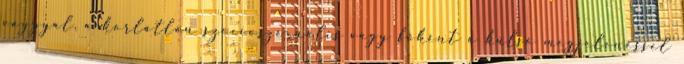
vággyal, a korlátlan szocioszexuális vágy főként a külső megjelenéssel